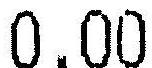
0.00